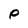
Character: p